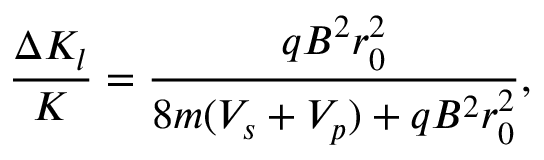
\frac { \Delta K _ { l } } { K } = \frac { q B ^ { 2 } r _ { 0 } ^ { 2 } } { 8 m ( V _ { s } + V _ { p } ) + q B ^ { 2 } r _ { 0 } ^ { 2 } } ,